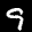
Label: 9